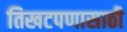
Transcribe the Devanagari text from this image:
तिखटपणासाठी